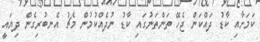
ކަމަށާއި ކާޑު ދައްކަން ޖެހޭ ތަންތަނުގައި ކާޑު ނުދެއްކުމުން މެޗު އެނބުރިގެން ދިޔައީ